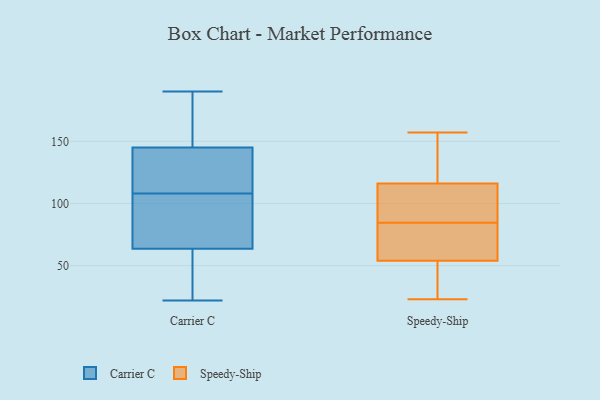
{"axis": {"x": "Energy Usage (MWh)", "y": "Value"}, "legend": ["Carrier C", "Speedy-Ship"], "data": [{"x": "", "y": 149, "type": "Carrier C"}, {"x": "", "y": 104, "type": "Carrier C"}, {"x": "", "y": 78, "type": "Carrier C"}, {"x": "", "y": 112, "type": "Carrier C"}, {"x": "", "y": 186, "type": "Carrier C"}, {"x": "", "y": 175, "type": "Carrier C"}, {"x": "", "y": 141, "type": "Carrier C"}, {"x": "", "y": 122, "type": "Carrier C"}, {"x": "", "y": 94, "type": "Carrier C"}, {"x": "", "y": 22, "type": "Carrier C"}, {"x": "", "y": 46, "type": "Carrier C"}, {"x": "", "y": 141, "type": "Carrier C"}, {"x": "", "y": 90, "type": "Carrier C"}, {"x": "", "y": 49, "type": "Carrier C"}, {"x": "", "y": 23, "type": "Carrier C"}, {"x": "", "y": 102, "type": "Carrier C"}, {"x": "", "y": 39, "type": "Carrier C"}, {"x": "", "y": 190, "type": "Carrier C"}, {"x": "", "y": 177, "type": "Carrier C"}, {"x": "", "y": 134, "type": "Carrier C"}, {"x": "", "y": 109, "type": "Speedy-Ship"}, {"x": "", "y": 25, "type": "Speedy-Ship"}, {"x": "", "y": 112, "type": "Speedy-Ship"}, {"x": "", "y": 54, "type": "Speedy-Ship"}, {"x": "", "y": 147, "type": "Speedy-Ship"}, {"x": "", "y": 157, "type": "Speedy-Ship"}, {"x": "", "y": 23, "type": "Speedy-Ship"}, {"x": "", "y": 60, "type": "Speedy-Ship"}, {"x": "", "y": 59, "type": "Speedy-Ship"}, {"x": "", "y": 116, "type": "Speedy-Ship"}]}